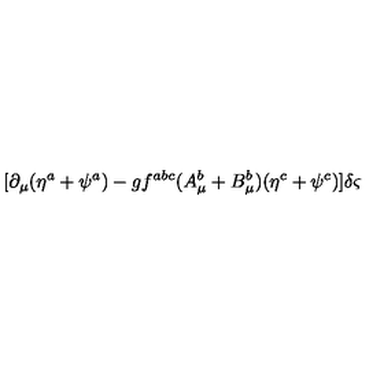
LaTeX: [ \partial _ { \mu } ( \eta ^ { a } + \psi ^ { a } ) - g f ^ { a b c } ( A _ { \mu } ^ { b } + B _ { \mu } ^ { b } ) ( \eta ^ { c } + \psi ^ { c } ) ] \delta \varsigma